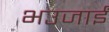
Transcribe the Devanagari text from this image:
भउजाईं